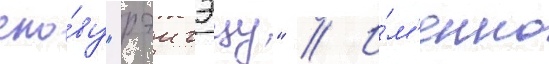
сло́ву "рэигэцу" // И́м'енно